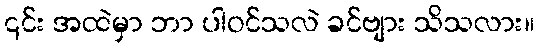
၎င်း အထဲမှာ ဘာ ပါဝင်သလဲ ခင်ဗျား သိသလား။